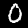
Digit: 0